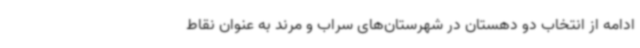
ادامه از انتخاب دو دهستان در شهرستان‌های سراب و مرند به عنوان نقاط